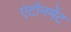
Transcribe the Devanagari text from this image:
एंटॉनमेंट